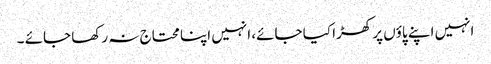
انہیں اپنے پاؤں پر کھڑا کیا جائے، انہیں اپنا محتاج نہ رکھا جائے ۔